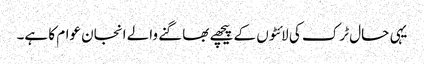
یہی حال ٹرک کی لائٹوں کے پیچھے بھاگنے والے انجان عوام کا ہے۔